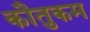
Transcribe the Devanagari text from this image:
कौतुकम